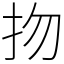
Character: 𢪱